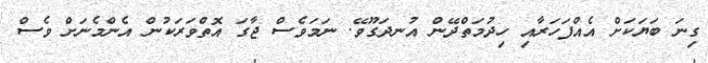
ގިނަ ބަޔަކަށް އެއްފަހަރާއި ހިދުމަތްދޭން އުނދަގޫވޭ. ނަމަވެސް ޖާގަ އޮތްވަރަކުން އެންމެނަށް ވެސް